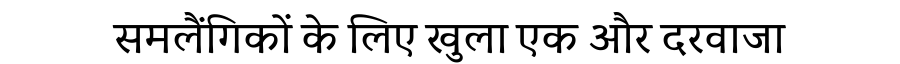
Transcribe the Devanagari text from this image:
समलैंगिकों के लिए खुला एक और दरवाजा